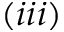
( i i i )